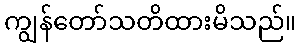
ကျွန်တော်သတိထားမိသည်။